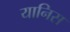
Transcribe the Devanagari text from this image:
यानिस